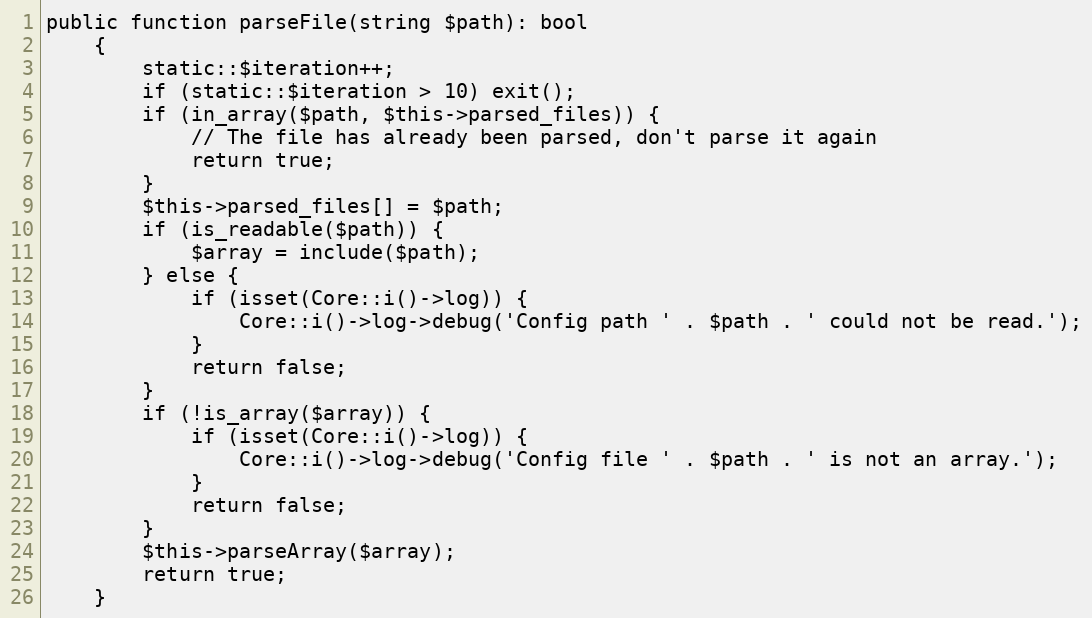
Language: PHP
public function parseFile(string $path): bool
    {
        static::$iteration++;
        if (static::$iteration > 10) exit();
        if (in_array($path, $this->parsed_files)) {
            // The file has already been parsed, don't parse it again
            return true;
        }
        $this->parsed_files[] = $path;
        if (is_readable($path)) {
            $array = include($path);
        } else {
            if (isset(Core::i()->log)) {
                Core::i()->log->debug('Config path ' . $path . ' could not be read.');
            }
            return false;
        }
        if (!is_array($array)) {
            if (isset(Core::i()->log)) {
                Core::i()->log->debug('Config file ' . $path . ' is not an array.');
            }
            return false;
        }
        $this->parseArray($array);
        return true;
    }